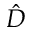
\hat { D }